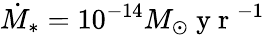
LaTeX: \dot{M}_{*}=10^{-14}M_{\odot}\mathrm{~y~r~}^{-1}